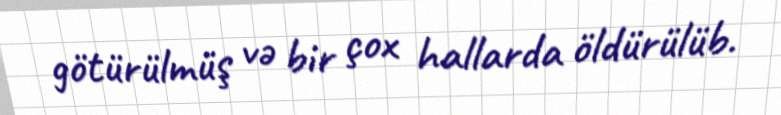
götürülmüş və bir çox hallarda öldürülüb.